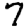
Digit: 7